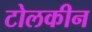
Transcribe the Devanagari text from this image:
टोलकीन